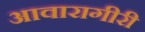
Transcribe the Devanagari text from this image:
आवारागीरी